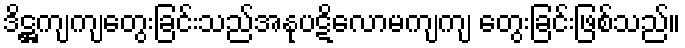
ဒိဋ္ဌကျကျတွေးခြင်းသည်အနုပဋိလောမကျကျ တွေးခြင်းဖြစ်သည်။